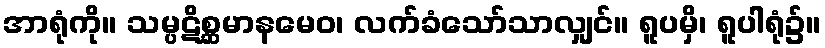
အာရုံကို။ သမ္ပဋိစ္ဆမာနမေဝ၊ လက်ခံသော်သာလျှင်။ ရူပမှိ၊ ရူပါရုံ၌။